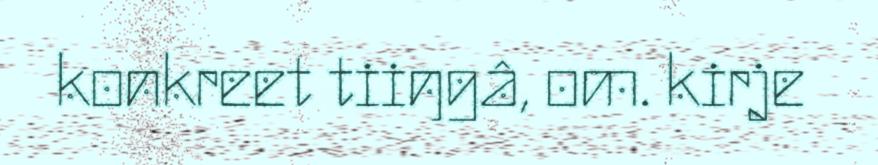
konkreet tiiŋgâ, om. kirje